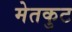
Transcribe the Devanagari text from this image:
मेतकुट